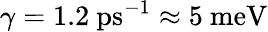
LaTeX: \gamma=1.2~\mathrm{ps}^{-1}\approx 5~\mathrm{meV}